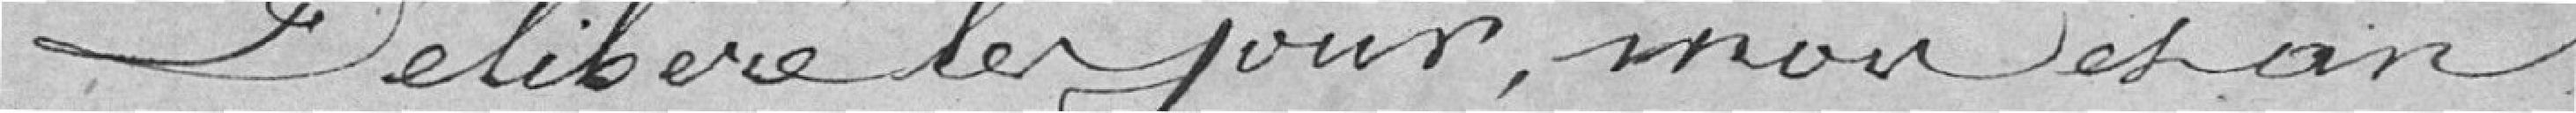
Délibéré le jour, mois et an